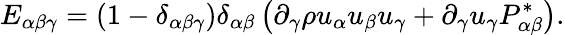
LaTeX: E_{\alpha\beta\gamma}=(1-\delta_{\alpha\beta\gamma})\delta_{\alpha\beta}\left(\partial_{\gamma}\rho u_{\alpha}u_{\beta}u_{\gamma}+\partial_{\gamma}u_{\gamma}P_{\alpha\beta}^{*}\right).